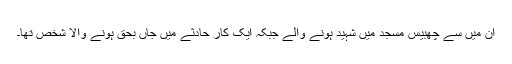
ان میں سے چھبیس مسجد میں شہید ہونے والے جبکہ ایک کار حادثے میں جاں بحق ہونے والا شخص تھا۔